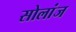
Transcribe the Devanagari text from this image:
सोलांज